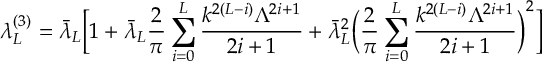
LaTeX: \lambda _ { L } ^ { ( 3 ) } = \bar { \lambda } _ { L } \biggr [ 1 + \bar { \lambda } _ { L } \frac { 2 } { \pi } \sum _ { i = 0 } ^ { L } \frac { k ^ { 2 ( L - i ) } \Lambda ^ { 2 i + 1 } } { 2 i + 1 } + \bar { \lambda } _ { L } ^ { 2 } \biggr ( \frac { 2 } { \pi } \sum _ { i = 0 } ^ { L } \frac { k ^ { 2 ( L - i ) } \Lambda ^ { 2 i + 1 } } { 2 i + 1 } \biggr ) ^ { 2 } \biggr ]